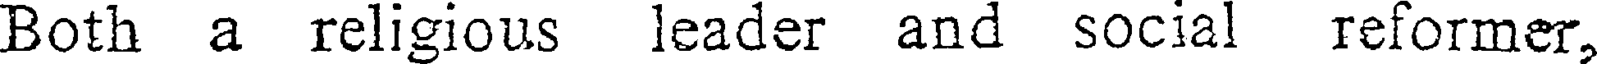
Both a religious leader and social reformer,